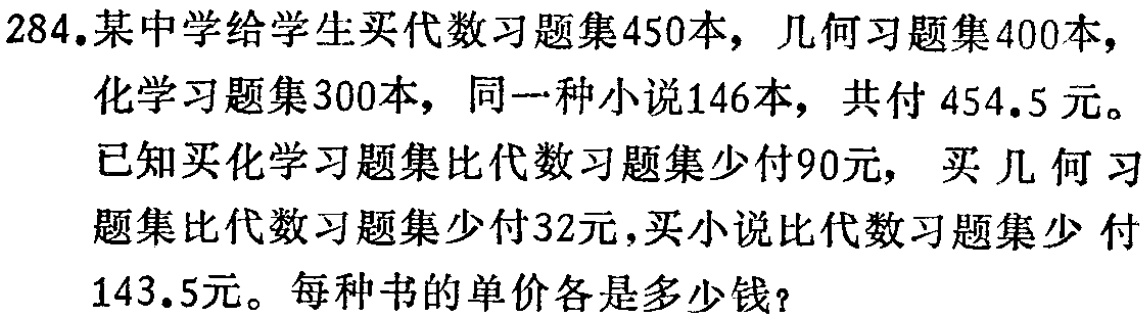
284.某中学给学生买代数习题集450本，几何习题集400本，化学习题集300本，同一种小说146本，共付454.5元。
已知买化学习题集比代数习题集少付90元，买几何习题集比代数习题集少付32元，买小说比代数习题集少付143.5元。每种书的单价各是多少钱？